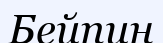
Бейпин